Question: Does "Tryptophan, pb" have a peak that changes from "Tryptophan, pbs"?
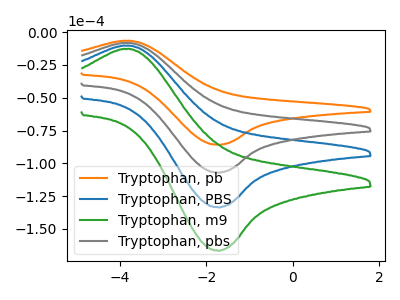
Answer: <think>The orange curve "Tryptophan, pb" has an anodic peak at (-3.75V, -6.70uA) and a cathodic peak at (-1.75V, -85.90uA). The blue curve "Tryptophan, PBS" has an anodic peak at (-3.75V, -16.70uA) and a cathodic peak at (-1.75V, -214.25uA). The green curve "Tryptophan, m9" has an anodic peak at (-3.75V, -25.05uA) and a cathodic peak at (-1.75V, -321.40uA). The gray curve "Tryptophan, pbs" has an anodic peak at (-3.75V, -8.35uA) and a cathodic peak at (-1.75V, -107.15uA).
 All the peaks in "Tryptophan, pb" have a peak in "Tryptophan, pbs" at the same potential.</think>
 <answer>No, "Tryptophan, pb" and "Tryptophan, pbs" don't appear to be significantly different in shape</answer>
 <eval>no_change</eval>